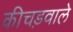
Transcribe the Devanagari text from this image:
कीचड़वाले